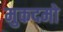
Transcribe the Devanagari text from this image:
मुकदमो